Report on horse surra - Volume I
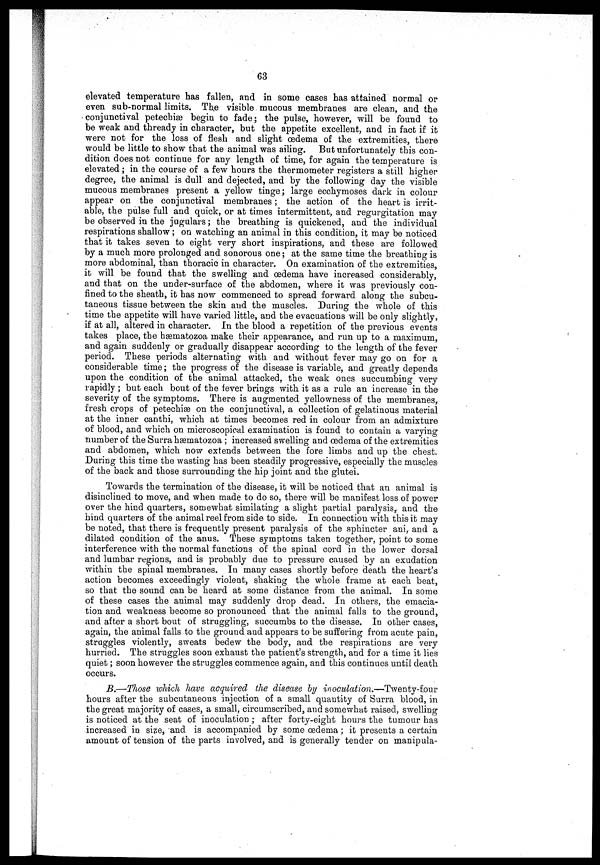
63
elevated temperature has fallen, and in some oases has attained normal or
even sub-normal limits. The visible mucous membranes are clean, and the
conjunctival petechias begin to fade; the pulse, however, will be found to
be weak and thready in character, but the appetite excellent, and in fact if it
were not for the loss of flesh and slight oedema of the extremities, there
would be little to show that the animal was ailing. But unfortunately this con-
dition does not continue for any length of time, for again the temperature is
elevated ; in the course of a few hours the thermometer registers a still higher
degree, the animal is dull and dejected, and by the following day the visible
mucous membranes present a yellow tinge; large ecchymoses dark in colour
appear on the conjunctival membranes ; the action of the heart is irrit-
able, the pulse full and quick, or at times intermittent, and regurgitation may
be observed in the jugulars; the breathing is quickened, and the individual
respirations shallow ; on watching an animal in this condition, it may be noticed
that it takes seven to eight very short inspirations, and these are followed
by a much more prolonged and sonorous one ; at the same time the breathing is
more abdominal, than thoracic in character. On examination of the extremities,
it will be found that the swelling and oedema have increased considerably,
and that on the under-surface of the abdomen, where it was previously con-
fined to the sheath, it has now commenced to spread forward along the subcu-
taneous tissue between the skin and the muscles. During the whole of this
time the appetite will have varied little, and the evacuations will be only slightly,
if at all, altered in character. In the blood a repetition of the previous events
takes place, the hæmatozoa make their appearance, and run up to a maximum,
and again suddenly or gradually disappear according to the length of the fever
period. These periods alternating with and without fever may go on for a
considerable time ; the progress of the disease is variable, and greatly depends
upon the condition of the animal attacked, the weak ones succumbing very
rapidly ; but each bout of the fever brings with it as a rule an increase in the
severity of the symptoms. There is augmented yellowness of the membranes,
fresh crops of petechias on the conjunctival, a collection of gelatinous material
at the inner canthi, which at times becomes red in colour from an admixture
of blood, and which on microscopical examination is found to contain a varying
number of the Surra hæmatozoa ; increased swelling and oedema of the extremities
and abdomen, which now extends between the fore limbs and up the chest.
During this time the wasting has been steadily progressive, especially the muscles-
of the back and those surrounding the hip joint and the glutei.
Towards the termination of the disease, it will be noticed that an animal is
disinclined to move, and when made to do so, there will be manifest loss of power
over the hind quarters, somewhat similating a slight partial paralysis, and the
hind quarters of the animal reel from side to side. In connection with this it may
be noted, that there is frequently present paralysis of the sphincter ani, and a
dilated condition of the anus. These symptoms taken together, point to some
interference with the normal functions of the spinal cord in the lower dorsal
and lumbar regions, and is probably due to pressure caused by an exudation
within the spinal membranes. In many cases shortly before death the heart's
action becomes exceedingly violent, shaking the whole frame at each beat,
so that the sound can be heard at some distance from the animal. In some
of these cases the animal may suddenly drop dead. In others, the emacia-
tion and weakness become so pronounced that the animal falls to the ground,
and after a short bout of struggling, succumbs to the disease. In other cases,
again, the animal falls to the ground and appears to be suffering from acute pain,
struggles violently, sweats bedew the body, and the respirations are very
hurried. The struggles soon exhaust the patient's strength, and for a time it lies
quiet ; soon however the struggles commence again, and this continues until death
occurs.
B.—Those which have acquired the disease by inoculation.—Twenty-four
hours after the subcutaneous injection of a small quantity of Surra blood, in
the great majority of cases, a small, circumscribed, and somewhat raised, swelling
is noticed at the seat of inoculation ; after forty-eight hours the tumour has
increased in size, and is accompanied by some oedema ; it presents a certain
amount of tension of the parts involved, and is generally tender on manipula-